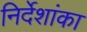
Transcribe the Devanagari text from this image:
निर्देशांका